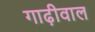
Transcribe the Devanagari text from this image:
गाढ़ीवाल